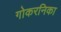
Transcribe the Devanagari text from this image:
गोकरनिका